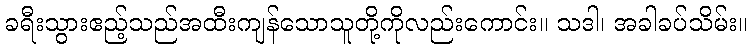
ခရီးသွားဧည့်သည်အထီးကျန်သောသူတို့ကိုလည်းကောင်း။ သဒါ၊ အခါခပ်သိမ်း။